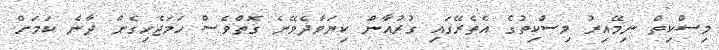
މިސްކިތް ނިމޭއިރު މިސްކިތުގެ އެތެރޭގައި ގުރުއާން ކިޔަވާދެވޭނެ ގޮތްވެސް ހަމަޖެހިގެން ދާނެ ކަމަށް